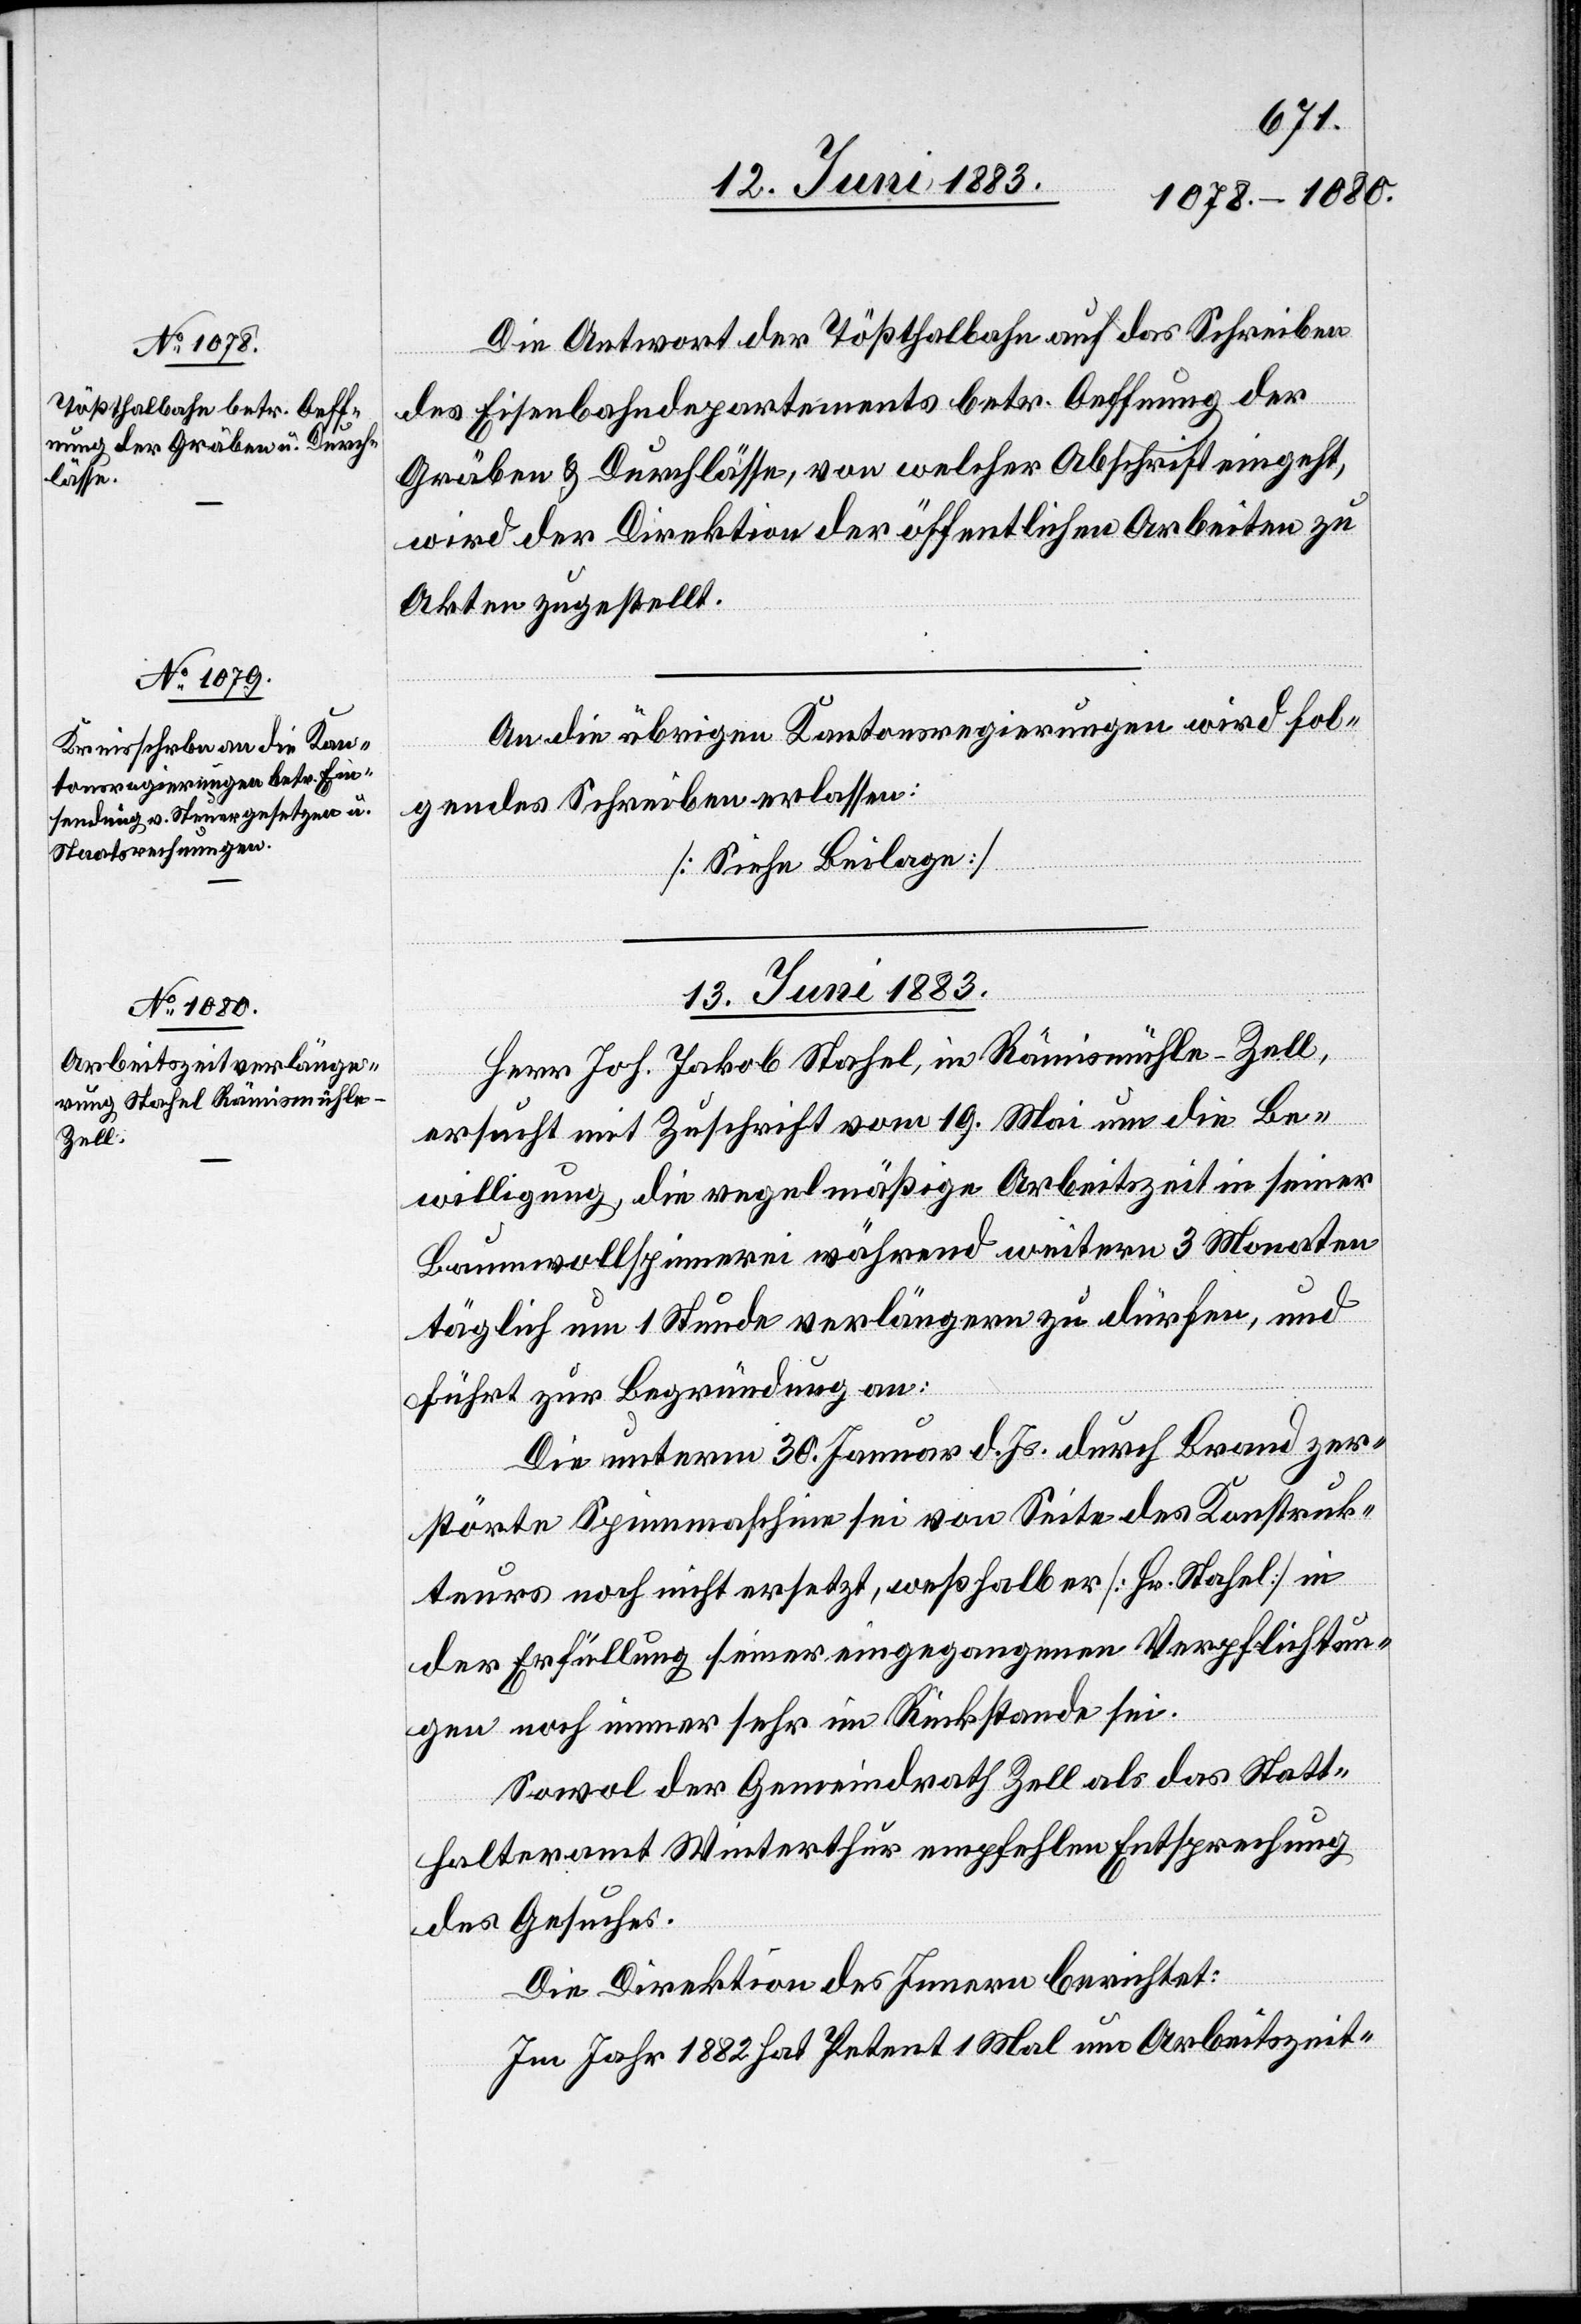
Die Antwort der Tößthalbahn auf das Schreiben
des Eisenbahndepartements betr. Oeffnung der
Gräben & Durchlässe, von welcher Abschrift eingeht,
wird der Direktion der öffentlichen Arbeiten zu
Akten zugestellt.
13. Juni 1883.
Herr Joh. Jakob Stahel, in Rämismühle - Zell,
ersucht mit Zuschrift vom 19. Mai um die Be¬
willigung, die regelmäßige Arbeitszeit in seiner
Baumwollspinnerei während weitern 3 Monaten
täglich um 1 Stunde verlängern zu dürfen, und
führt zur Begründung an:
Die unterm 30. Januar d. Js. durch Brand zer¬
störte Spinnmaschine sei von Seite des Konstruk¬
teurs noch nicht ersetzt, weshalb er [Hr. Stahel] in
der Erfüllung seiner eingegangenen Verpflichtun¬
gen noch immer sehr im Rückstande sei.
Sowol der Gemeindrath Zell als das Statt¬
halteramt Winterthur empfehlen Entsprechung
des Gesuches.
Die Direktion des Innern berichtet:
Im Jahr 1882 hat Petent 1 Mal um Arbeitszeit-